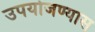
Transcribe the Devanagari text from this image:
उपयोजण्यास